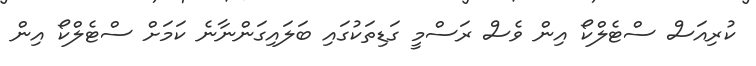
ކުރިއަސް ސްޓެލްކޯ އިން ވެސް ރަސްމީ ގަޑިތަކުގައި ބަލައިގަންނާނެ ކަމަށް ސްޓެލްކޯ އިން